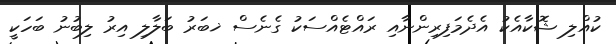
ކުއްލި ޝޮކާއެކު އެދެމަފިރިންނާއި ރައްޓެއްސަކު ގެނެސް ޚބަރު ބަލާލި އިރު ލިބުނު ބަހަކީ